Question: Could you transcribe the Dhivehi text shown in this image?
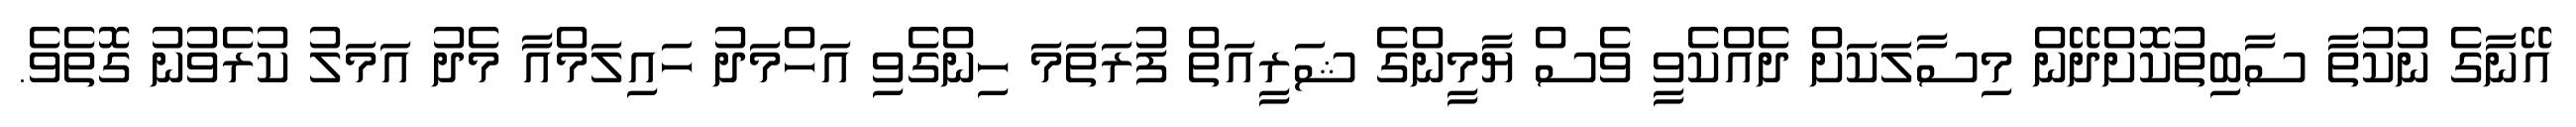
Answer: އޭނާގެ ނުކުތާ ސާބިތުކޮށްދޭން މިސާލަކަށް ދެއްކެވީ ވެސް ޔާމީންގެ ޝަރީއަތް ފުރަތަމަ ހިންގެވި އަހްމަދު ހައިލަމްއާ މެދު އަމަލު ކުރެވުނު ގޮތެވެ.